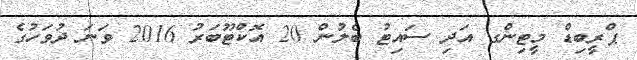
ޕްރީބިޑް މީޓިންގ އަދި ސައިޓު ބެލުން 20 އޮކްޓޫބަރު 2016 ވަނަ ދުވަހުގެ